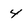
Character: 4